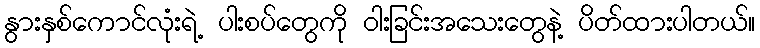
နွားနှစ်ကောင်လုံးရဲ့ ပါးစပ်တွေကို ဝါးခြင်းအသေးတွေနဲ့ ပိတ်ထားပါတယ်။